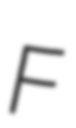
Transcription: F